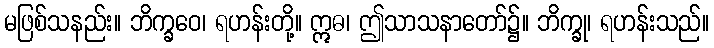
မဖြစ်သနည်း။ ဘိက္ခဝေ၊ ရဟန်းတို့။ ဣဓ၊ ဤသာသနာတော်၌။ ဘိက္ခု၊ ရဟန်းသည်။